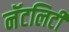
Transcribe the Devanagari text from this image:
नॅटलिटी